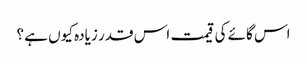
اس گائے کی قیمت اس قدر زیادہ کیوں ہے ؟